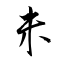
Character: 未